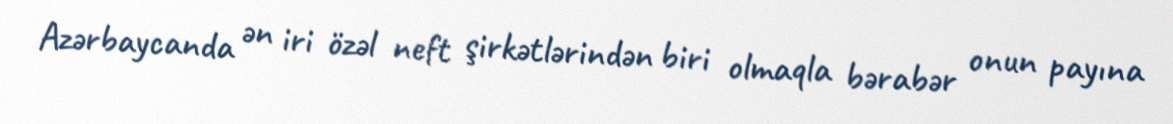
Azərbaycanda ən iri özəl neft şirkətlərindən biri olmaqla bərabər onun payına